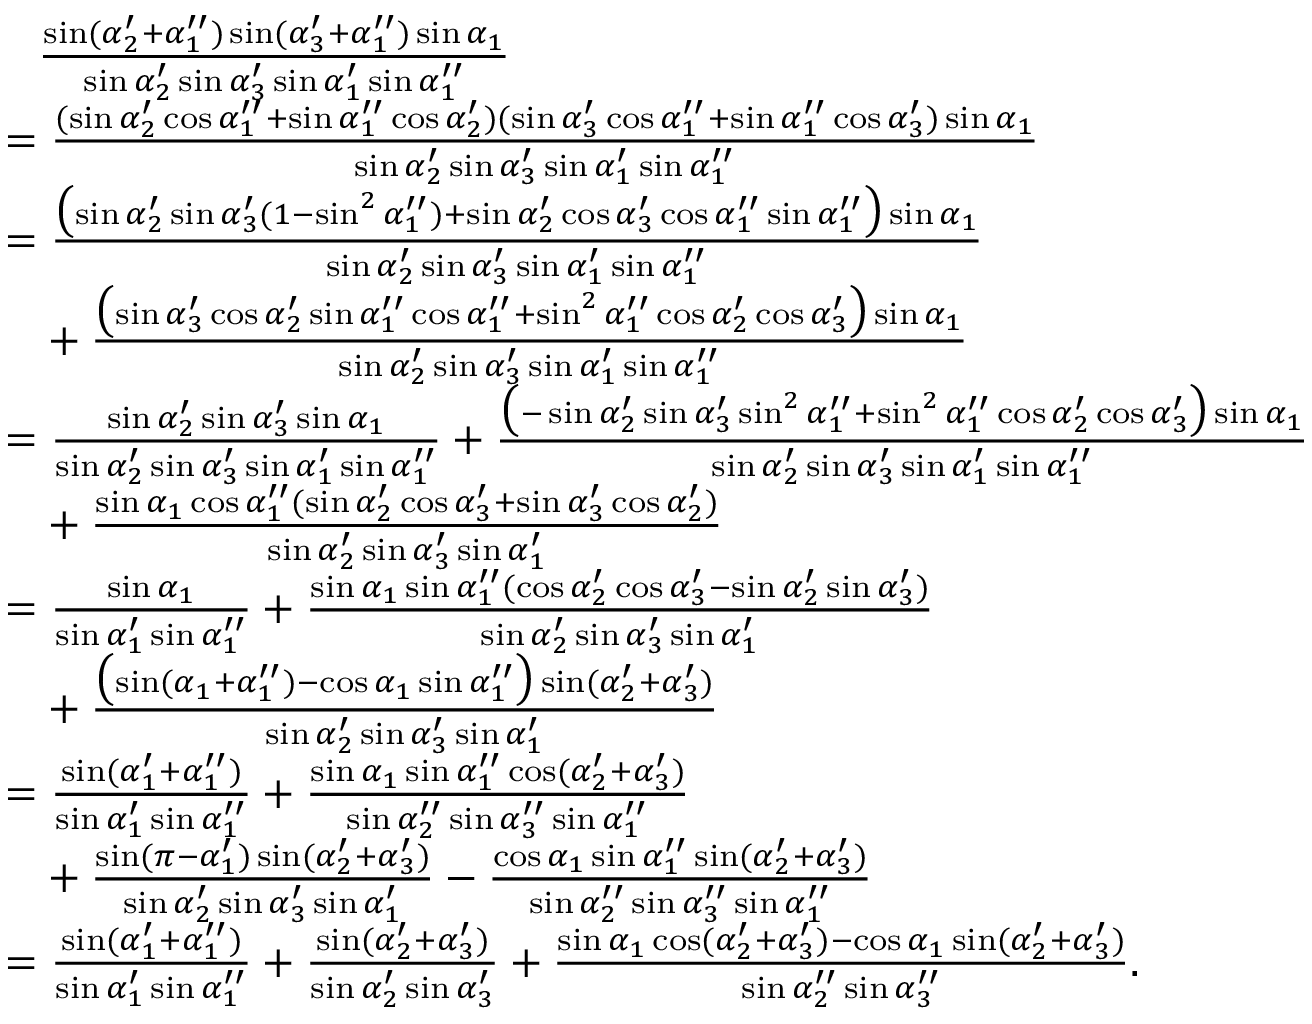
\begin{array} { r l } & { \phantom { = } \frac { \sin ( \alpha _ { 2 } ^ { \prime } + \alpha _ { 1 } ^ { \prime \prime } ) \sin ( \alpha _ { 3 } ^ { \prime } + \alpha _ { 1 } ^ { \prime \prime } ) \sin \alpha _ { 1 } } { \sin \alpha _ { 2 } ^ { \prime } \sin \alpha _ { 3 } ^ { \prime } \sin \alpha _ { 1 } ^ { \prime } \sin \alpha _ { 1 } ^ { \prime \prime } } } \\ & { = \frac { ( \sin \alpha _ { 2 } ^ { \prime } \cos \alpha _ { 1 } ^ { \prime \prime } + \sin \alpha _ { 1 } ^ { \prime \prime } \cos \alpha _ { 2 } ^ { \prime } ) ( \sin \alpha _ { 3 } ^ { \prime } \cos \alpha _ { 1 } ^ { \prime \prime } + \sin \alpha _ { 1 } ^ { \prime \prime } \cos \alpha _ { 3 } ^ { \prime } ) \sin \alpha _ { 1 } } { \sin \alpha _ { 2 } ^ { \prime } \sin \alpha _ { 3 } ^ { \prime } \sin \alpha _ { 1 } ^ { \prime } \sin \alpha _ { 1 } ^ { \prime \prime } } } \\ & { = \frac { \bigl ( \sin \alpha _ { 2 } ^ { \prime } \sin \alpha _ { 3 } ^ { \prime } ( 1 - \sin ^ { 2 } \alpha _ { 1 } ^ { \prime \prime } ) + \sin \alpha _ { 2 } ^ { \prime } \cos \alpha _ { 3 } ^ { \prime } \cos \alpha _ { 1 } ^ { \prime \prime } \sin \alpha _ { 1 } ^ { \prime \prime } \bigr ) \sin \alpha _ { 1 } } { \sin \alpha _ { 2 } ^ { \prime } \sin \alpha _ { 3 } ^ { \prime } \sin \alpha _ { 1 } ^ { \prime } \sin \alpha _ { 1 } ^ { \prime \prime } } } \\ & { \phantom { = } + \frac { \bigl ( \sin \alpha _ { 3 } ^ { \prime } \cos \alpha _ { 2 } ^ { \prime } \sin \alpha _ { 1 } ^ { \prime \prime } \cos \alpha _ { 1 } ^ { \prime \prime } + \sin ^ { 2 } \alpha _ { 1 } ^ { \prime \prime } \cos \alpha _ { 2 } ^ { \prime } \cos \alpha _ { 3 } ^ { \prime } \bigr ) \sin \alpha _ { 1 } } { \sin \alpha _ { 2 } ^ { \prime } \sin \alpha _ { 3 } ^ { \prime } \sin \alpha _ { 1 } ^ { \prime } \sin \alpha _ { 1 } ^ { \prime \prime } } } \\ & { = \frac { \sin \alpha _ { 2 } ^ { \prime } \sin \alpha _ { 3 } ^ { \prime } \sin \alpha _ { 1 } } { \sin \alpha _ { 2 } ^ { \prime } \sin \alpha _ { 3 } ^ { \prime } \sin \alpha _ { 1 } ^ { \prime } \sin \alpha _ { 1 } ^ { \prime \prime } } + \frac { \bigl ( - \sin \alpha _ { 2 } ^ { \prime } \sin \alpha _ { 3 } ^ { \prime } \sin ^ { 2 } \alpha _ { 1 } ^ { \prime \prime } + \sin ^ { 2 } \alpha _ { 1 } ^ { \prime \prime } \cos \alpha _ { 2 } ^ { \prime } \cos \alpha _ { 3 } ^ { \prime } \bigr ) \sin \alpha _ { 1 } } { \sin \alpha _ { 2 } ^ { \prime } \sin \alpha _ { 3 } ^ { \prime } \sin \alpha _ { 1 } ^ { \prime } \sin \alpha _ { 1 } ^ { \prime \prime } } } \\ & { \phantom { = } + \frac { \sin \alpha _ { 1 } \cos \alpha _ { 1 } ^ { \prime \prime } ( \sin \alpha _ { 2 } ^ { \prime } \cos \alpha _ { 3 } ^ { \prime } + \sin \alpha _ { 3 } ^ { \prime } \cos \alpha _ { 2 } ^ { \prime } ) } { \sin \alpha _ { 2 } ^ { \prime } \sin \alpha _ { 3 } ^ { \prime } \sin \alpha _ { 1 } ^ { \prime } } } \\ & { = \frac { \sin \alpha _ { 1 } } { \sin \alpha _ { 1 } ^ { \prime } \sin \alpha _ { 1 } ^ { \prime \prime } } + \frac { \sin \alpha _ { 1 } \sin \alpha _ { 1 } ^ { \prime \prime } ( \cos \alpha _ { 2 } ^ { \prime } \cos \alpha _ { 3 } ^ { \prime } - \sin \alpha _ { 2 } ^ { \prime } \sin \alpha _ { 3 } ^ { \prime } ) } { \sin \alpha _ { 2 } ^ { \prime } \sin \alpha _ { 3 } ^ { \prime } \sin \alpha _ { 1 } ^ { \prime } } } \\ & { \phantom { = } + \frac { \bigl ( \sin ( \alpha _ { 1 } + \alpha _ { 1 } ^ { \prime \prime } ) - \cos \alpha _ { 1 } \sin \alpha _ { 1 } ^ { \prime \prime } \bigr ) \sin ( \alpha _ { 2 } ^ { \prime } + \alpha _ { 3 } ^ { \prime } ) } { \sin \alpha _ { 2 } ^ { \prime } \sin \alpha _ { 3 } ^ { \prime } \sin \alpha _ { 1 } ^ { \prime } } } \\ & { = \frac { \sin ( \alpha _ { 1 } ^ { \prime } + \alpha _ { 1 } ^ { \prime \prime } ) } { \sin \alpha _ { 1 } ^ { \prime } \sin \alpha _ { 1 } ^ { \prime \prime } } + \frac { \sin \alpha _ { 1 } \sin \alpha _ { 1 } ^ { \prime \prime } \cos ( \alpha _ { 2 } ^ { \prime } + \alpha _ { 3 } ^ { \prime } ) } { \sin \alpha _ { 2 } ^ { \prime \prime } \sin \alpha _ { 3 } ^ { \prime \prime } \sin \alpha _ { 1 } ^ { \prime \prime } } } \\ & { \phantom { = } + \frac { \sin ( \pi - \alpha _ { 1 } ^ { \prime } ) \sin ( \alpha _ { 2 } ^ { \prime } + \alpha _ { 3 } ^ { \prime } ) } { \sin \alpha _ { 2 } ^ { \prime } \sin \alpha _ { 3 } ^ { \prime } \sin \alpha _ { 1 } ^ { \prime } } - \frac { \cos \alpha _ { 1 } \sin \alpha _ { 1 } ^ { \prime \prime } \sin ( \alpha _ { 2 } ^ { \prime } + \alpha _ { 3 } ^ { \prime } ) } { \sin \alpha _ { 2 } ^ { \prime \prime } \sin \alpha _ { 3 } ^ { \prime \prime } \sin \alpha _ { 1 } ^ { \prime \prime } } } \\ & { = \frac { \sin ( \alpha _ { 1 } ^ { \prime } + \alpha _ { 1 } ^ { \prime \prime } ) } { \sin \alpha _ { 1 } ^ { \prime } \sin \alpha _ { 1 } ^ { \prime \prime } } + \frac { \sin ( \alpha _ { 2 } ^ { \prime } + \alpha _ { 3 } ^ { \prime } ) } { \sin \alpha _ { 2 } ^ { \prime } \sin \alpha _ { 3 } ^ { \prime } } + \frac { \sin \alpha _ { 1 } \cos ( \alpha _ { 2 } ^ { \prime } + \alpha _ { 3 } ^ { \prime } ) - \cos \alpha _ { 1 } \sin ( \alpha _ { 2 } ^ { \prime } + \alpha _ { 3 } ^ { \prime } ) } { \sin \alpha _ { 2 } ^ { \prime \prime } \sin \alpha _ { 3 } ^ { \prime \prime } } . } \end{array}